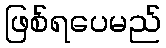
ဖြစ်ရပေမည်